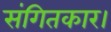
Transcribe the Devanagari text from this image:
संगितकार।